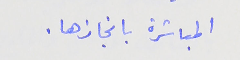
المباشرة بانجازها .